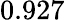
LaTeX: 0.927